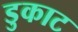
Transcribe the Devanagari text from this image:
डुकाट